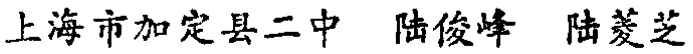
上海市加定县二中 陆俊峰 陆菱芝